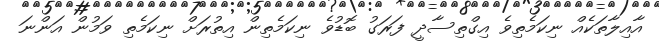
އާއިލާތަކެއް ނިކަމެތިވެ އިގްތިސާދީ ފަރަގު ބޮޑުވެ ނިކަމެތިން އިތުރަށް ނިކަމެތި ވަމުން އަންނަ